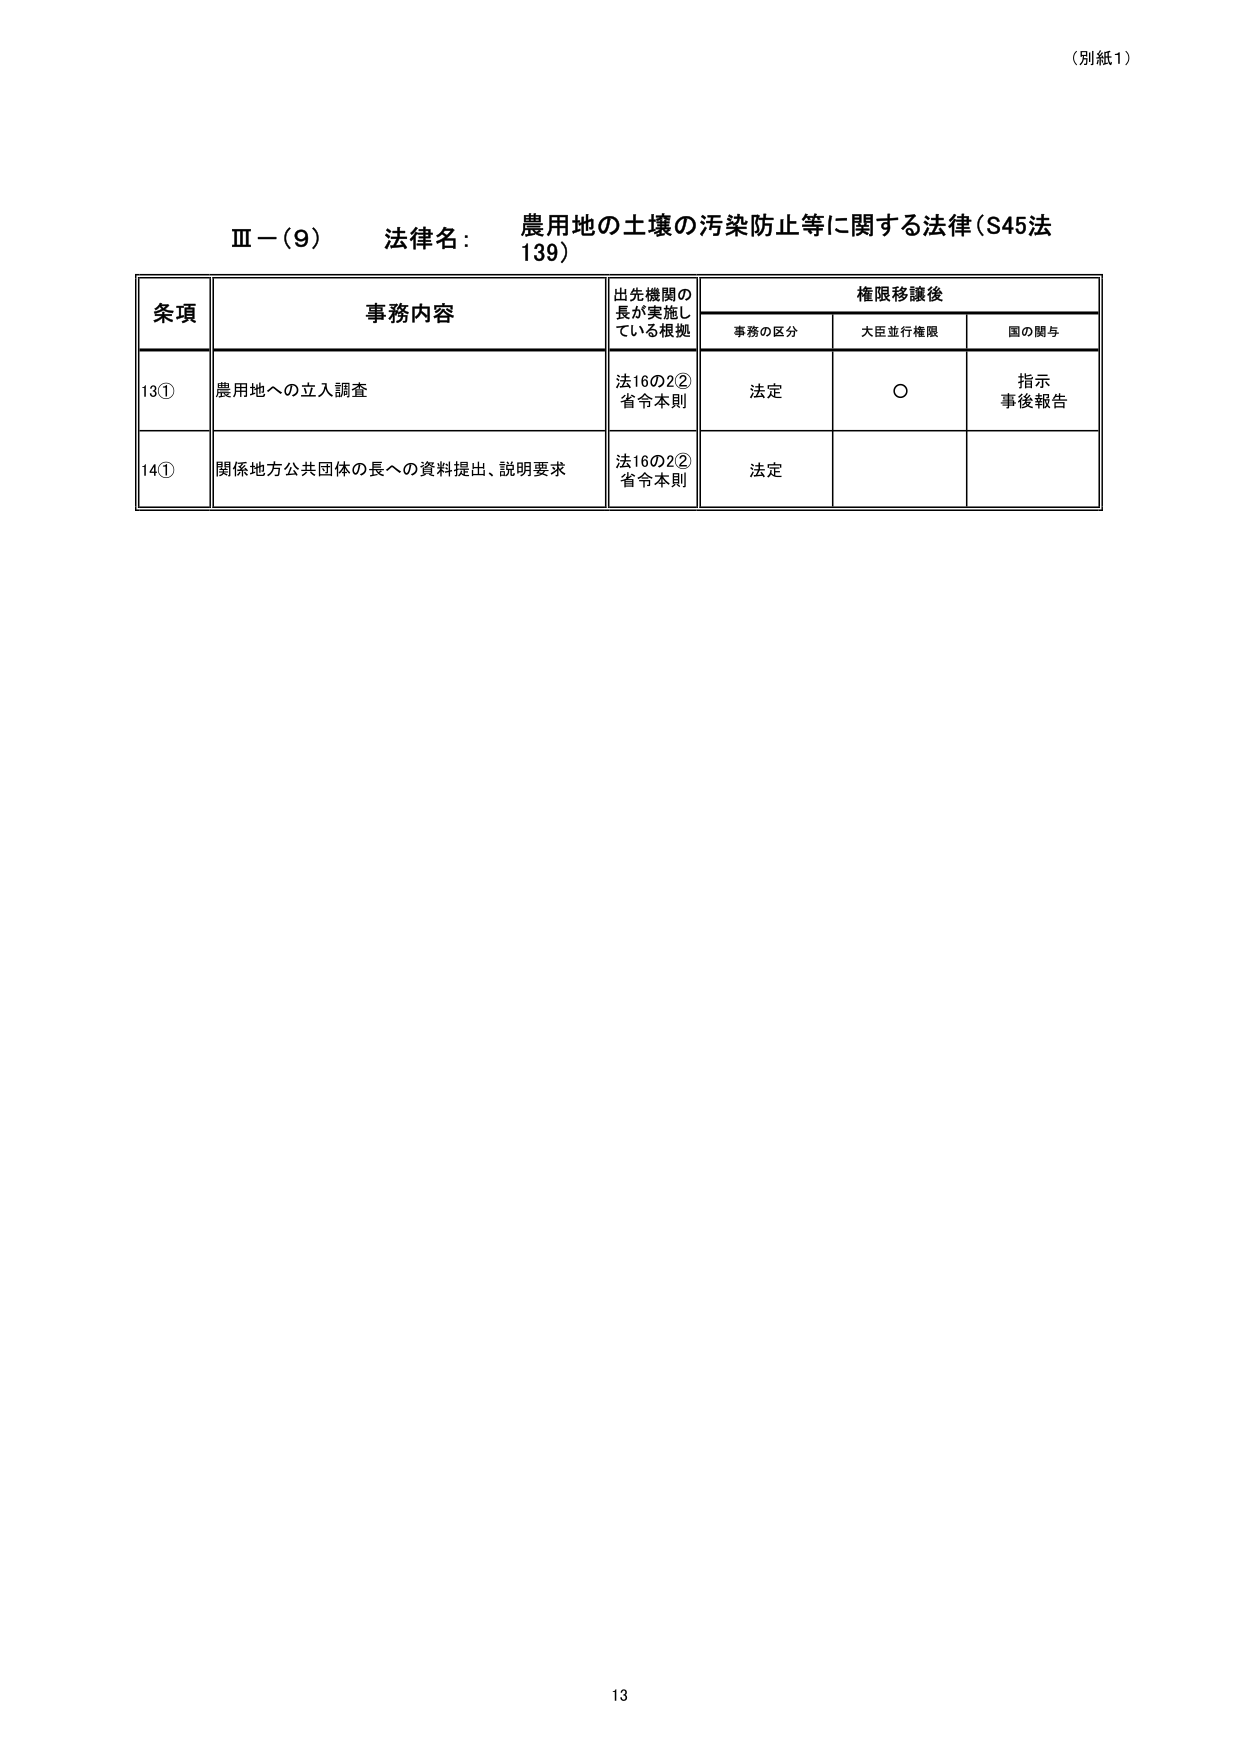
（別紙1）

Ⅲ－（9）　法律名：　農用地の土壌の汚染防止等に関する法律（S45法139）

条項　　　　　　事務内容　　　　　　　出先機関の長が実施している根拠　　　　権限移譲後
　　　　　　　　　　　　　　　　　　　　　　　　　　　　　　　　事務の区分　　大臣並行権限　　国の関与

13①　　　農用地への立入調査　　　　　　法16の2②　　　　　　法定　　　　　　○　　　　　　指示
　　　　　　　　　　　　　　　　　　　省令本則　　　　　　　　　　　　　　　　　　　　　　事後報告

14①　　　関係地方公共団体の長への資料提出、説明要求　　　法16の2②　　　　法定
　　　　　　　　　　　　　　　　　　　省令本則

13